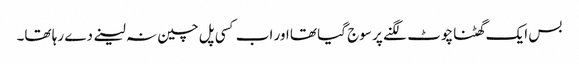
بس ایک گھٹنا چوٹ لگنے پر سوج گیا تھا اور اب کسی پل چین نہ لینے دے رہا تھا۔